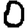
Digit: 0